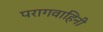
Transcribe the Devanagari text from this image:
परागवाहिनी